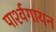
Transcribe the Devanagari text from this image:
पार्श्‍वगायन